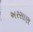
અરસાણ